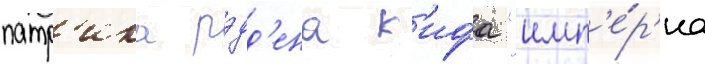
патр'ика рэдд'ена к'ифа "имп'е́р'иа